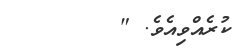
ކުރެއްވިއެވެ. "